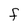
Character: F